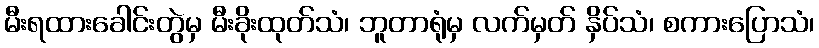
မီးရထားခေါင်းတွဲမှ မီးခိုးထုတ်သံ၊ ဘူတာရုံမှ လက်မှတ် နှိပ်သံ၊ စကားပြောသံ၊